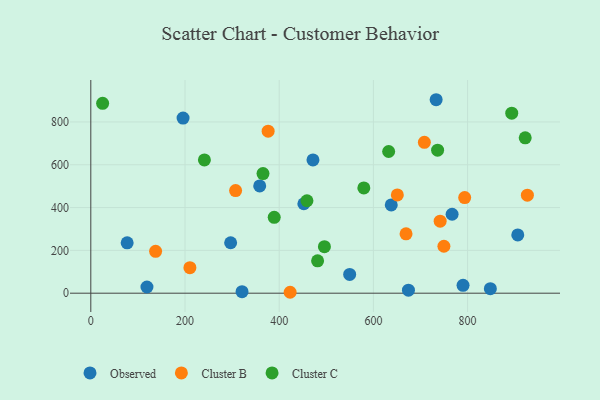
{"axis": {"x": "Experience", "y": "Fuel Efficiency"}, "legend": ["Cluster B", "Cluster C", "Observed"], "data": [{"x": "549.6", "y": 87.6, "type": "Observed"}, {"x": "471.7", "y": 622.6, "type": "Observed"}, {"x": "77.2", "y": 235.3, "type": "Observed"}, {"x": "790.3", "y": 36.6, "type": "Observed"}, {"x": "848.3", "y": 20.9, "type": "Observed"}, {"x": "674.4", "y": 14.0, "type": "Observed"}, {"x": "452.3", "y": 417.9, "type": "Observed"}, {"x": "637.9", "y": 412.2, "type": "Observed"}, {"x": "767.1", "y": 368.9, "type": "Observed"}, {"x": "296.9", "y": 235.6, "type": "Observed"}, {"x": "358.6", "y": 501.1, "type": "Observed"}, {"x": "119.2", "y": 28.9, "type": "Observed"}, {"x": "321.1", "y": 7.1, "type": "Observed"}, {"x": "906.5", "y": 272.2, "type": "Observed"}, {"x": "733.2", "y": 903.8, "type": "Observed"}, {"x": "195.9", "y": 818.1, "type": "Observed"}, {"x": "376.5", "y": 756.7, "type": "Cluster B"}, {"x": "749.7", "y": 219.3, "type": "Cluster B"}, {"x": "926.9", "y": 457.9, "type": "Cluster B"}, {"x": "307.4", "y": 479.6, "type": "Cluster B"}, {"x": "669.3", "y": 277.2, "type": "Cluster B"}, {"x": "423.2", "y": 4.3, "type": "Cluster B"}, {"x": "210.4", "y": 119.3, "type": "Cluster B"}, {"x": "137.6", "y": 195.4, "type": "Cluster B"}, {"x": "650.8", "y": 459.1, "type": "Cluster B"}, {"x": "793.8", "y": 446.5, "type": "Cluster B"}, {"x": "708.2", "y": 704.6, "type": "Cluster B"}, {"x": "741.7", "y": 336.5, "type": "Cluster B"}, {"x": "632.4", "y": 662.0, "type": "Cluster C"}, {"x": "25.1", "y": 886.9, "type": "Cluster C"}, {"x": "365.6", "y": 559.0, "type": "Cluster C"}, {"x": "241.2", "y": 622.6, "type": "Cluster C"}, {"x": "893.7", "y": 841.0, "type": "Cluster C"}, {"x": "481.5", "y": 151.4, "type": "Cluster C"}, {"x": "458.9", "y": 431.8, "type": "Cluster C"}, {"x": "496.0", "y": 217.3, "type": "Cluster C"}, {"x": "389.4", "y": 354.5, "type": "Cluster C"}, {"x": "579.7", "y": 491.9, "type": "Cluster C"}, {"x": "736.3", "y": 668.2, "type": "Cluster C"}, {"x": "922.3", "y": 726.0, "type": "Cluster C"}]}